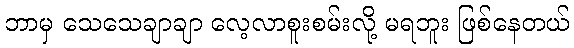
ဘာမှ သေသေချာချာ လေ့လာစူးစမ်းလို့ မရဘူး ဖြစ်နေတယ်